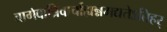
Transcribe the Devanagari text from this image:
वागेवात्रिवार्चाह्यन्नमद्यतेऽत्तिहर्